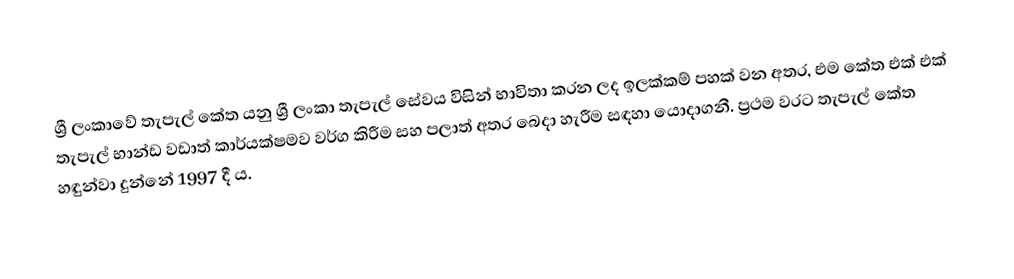
ශ්‍රී ලංකාවේ තැපැල් කේත යනු ශ්‍රී ලංකා  තැපැල් සේවය විසින් භාවිතා කරන ලද ඉලක්කම් පහක් වන අතර, එම කේත එක් එක් තැපැල් භාන්ඩ වඩාත් කාර්යක්ෂමව වර්ග කිරීම සහ පලාත් අතර බෙදා හැරීම සඳහා යොදාගනී. ප්‍රථම වරට තැපැල් කේත හඳුන්වා දුන්නේ 1997 දී ය.